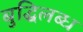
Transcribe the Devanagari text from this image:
बुद्धिलब्ध